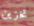
تخزين